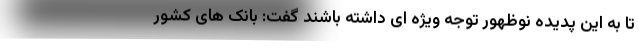
تا به این پدیده نوظهور توجه ویژه ای داشته باشند گفت: بانک های کشور